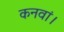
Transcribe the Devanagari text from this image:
कनवां।